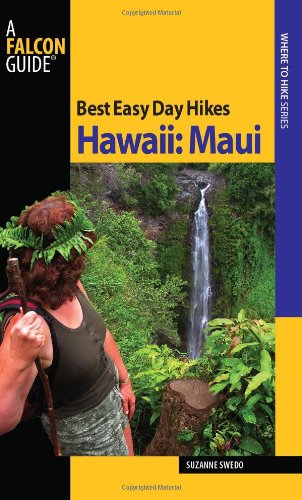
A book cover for Best Easy Day Hikes Hawaii: Maui (Best Easy Day Hikes Series); Suzanne Swedo; Travel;